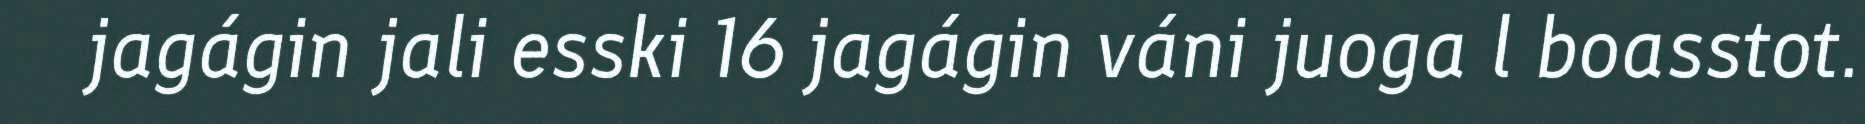
jagágin jali esski 16 jagágin váni juoga l boasstot.